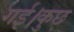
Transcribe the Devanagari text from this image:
गई।कुछ